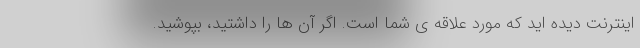
اینترنت دیده اید که مورد علاقه ی شما است. اگر آن ها را داشتید، بپوشید.